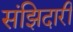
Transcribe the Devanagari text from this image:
संझिदारी